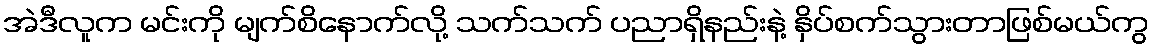
အဲဒီလူက မင်းကို မျက်စိနောက်လို့ သက်သက် ပညာရှိနည်းနဲ့ နှိပ်စက်သွားတာဖြစ်မယ်ကွ